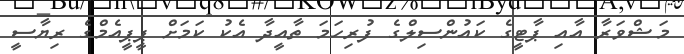
މަޝްވަރާ އާއި ޕާޓީގެ ކައުންސިލްގެ ފުރިހަމަ ތާއީދާ އެކު ކަމަށް ޕީޕީއެމްގެ ރިޔާސީ